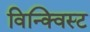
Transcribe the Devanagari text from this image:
विन्क्विस्ट